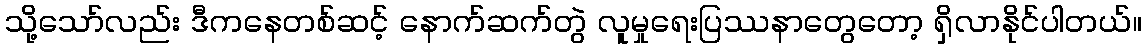
သို့သော်လည်း ဒီကနေတစ်ဆင့် နောက်ဆက်တွဲ လူမှုရေးပြဿနာတွေတော့ ရှိလာနိုင်ပါတယ်။